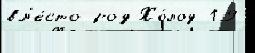
вм'е́сто род Хо́лод 19